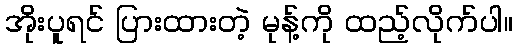
အိုးပူရင် ပြားထားတဲ့ မုန့်ကို ထည့်လိုက်ပါ။